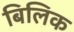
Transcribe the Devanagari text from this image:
बिलिक